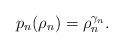
LaTeX: \begin{align*} p_{n}(\rho_{n}) = \rho_{n}^{\gamma_{n}}. \end{align*}